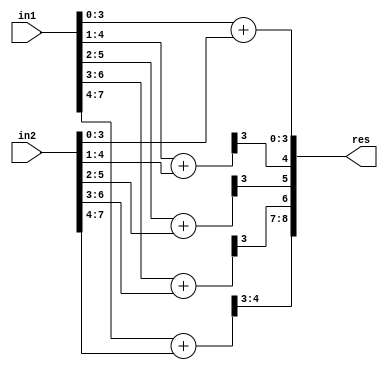
`timescale 1ns / 1ps
//////////////////////////////////////////////////////////////////////////////////
// Company: 
// Engineer: 
// 
// Create Date:    
// Design Name: 
// Module Name:    GeAr_N8_R1_P3 
// Project Name: 
// Target Devices: 
// Tool versions: 
// Description: 
//
// Dependencies: 
//
// Revision: 
// Revision 0.01 - File Created
// Additional Comments: 
//
//////////////////////////////////////////////////////////////////////////////////
module GeAr_N8_R1_P3(
    input [7:0] in1,
    input [7:0] in2,
    output [8:0] res
    );

wire [4:0] temp1,temp2,temp3,temp4,temp5;

assign temp1[4:0] = in1[3:0] + in2[3:0];
assign temp2[4:0] = in1[4:1] + in2[4:1];
assign temp3[4:0] = in1[5:2] + in2[5:2];
assign temp4[4:0] = in1[6:3] + in2[6:3];
assign temp5[4:0] = in1[7:4] + in2[7:4];

assign res[8:0] = {temp5[4:3],temp4[3],temp3[3],temp2[3],temp1[3:0]};

endmodule